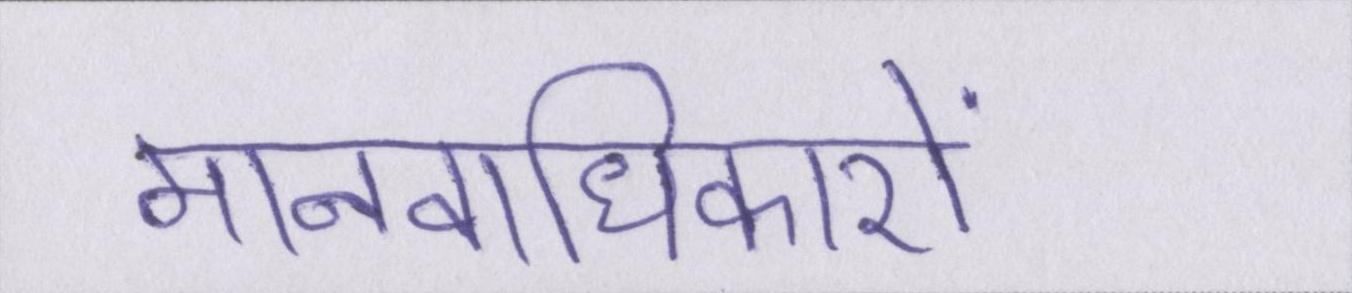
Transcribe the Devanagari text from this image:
मानवाधिकारों